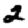
Digit: 2